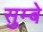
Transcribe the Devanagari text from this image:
सुम्बे